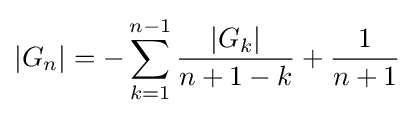
|G_{n}|=-\sum _{k=1}^{n-1}{\frac {|G_{k}|}{n+1-k}}+{\frac {1}{n+1}}